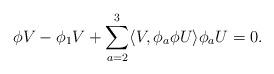
LaTeX: \begin{align*}\phi V-\phi_1V+\sum_{a=2}^{3}\langle V,\phi_a\phi U\rangle\phi_a U=0.\end{align*}